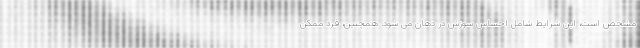
مشخص است، این شرایط شامل احساس سوزش در دهان می شود. همچنین، فرد ممکن